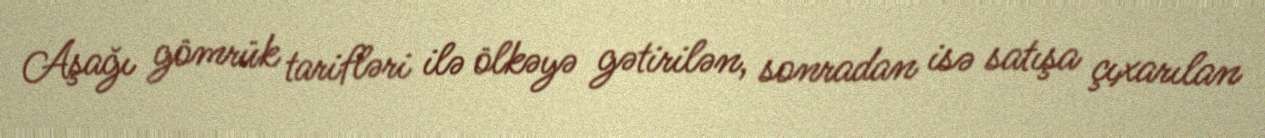
Aşağı gömrük tarifləri ilə ölkəyə gətirilən, sonradan isə satışa çıxarılan